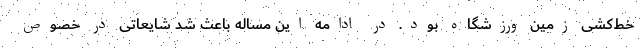
خط‌کشی زمین ورزشگاه بود. در ادامه این مساله باعث شد شایعاتی در خصوص